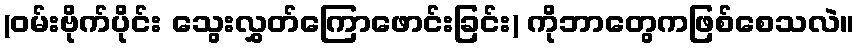
(ဝမ်းဗိုက်ပိုင်း သွေးလွှတ်ကြောဖောင်းခြင်း) ကိုဘာတွေကဖြစ်စေသလဲ။